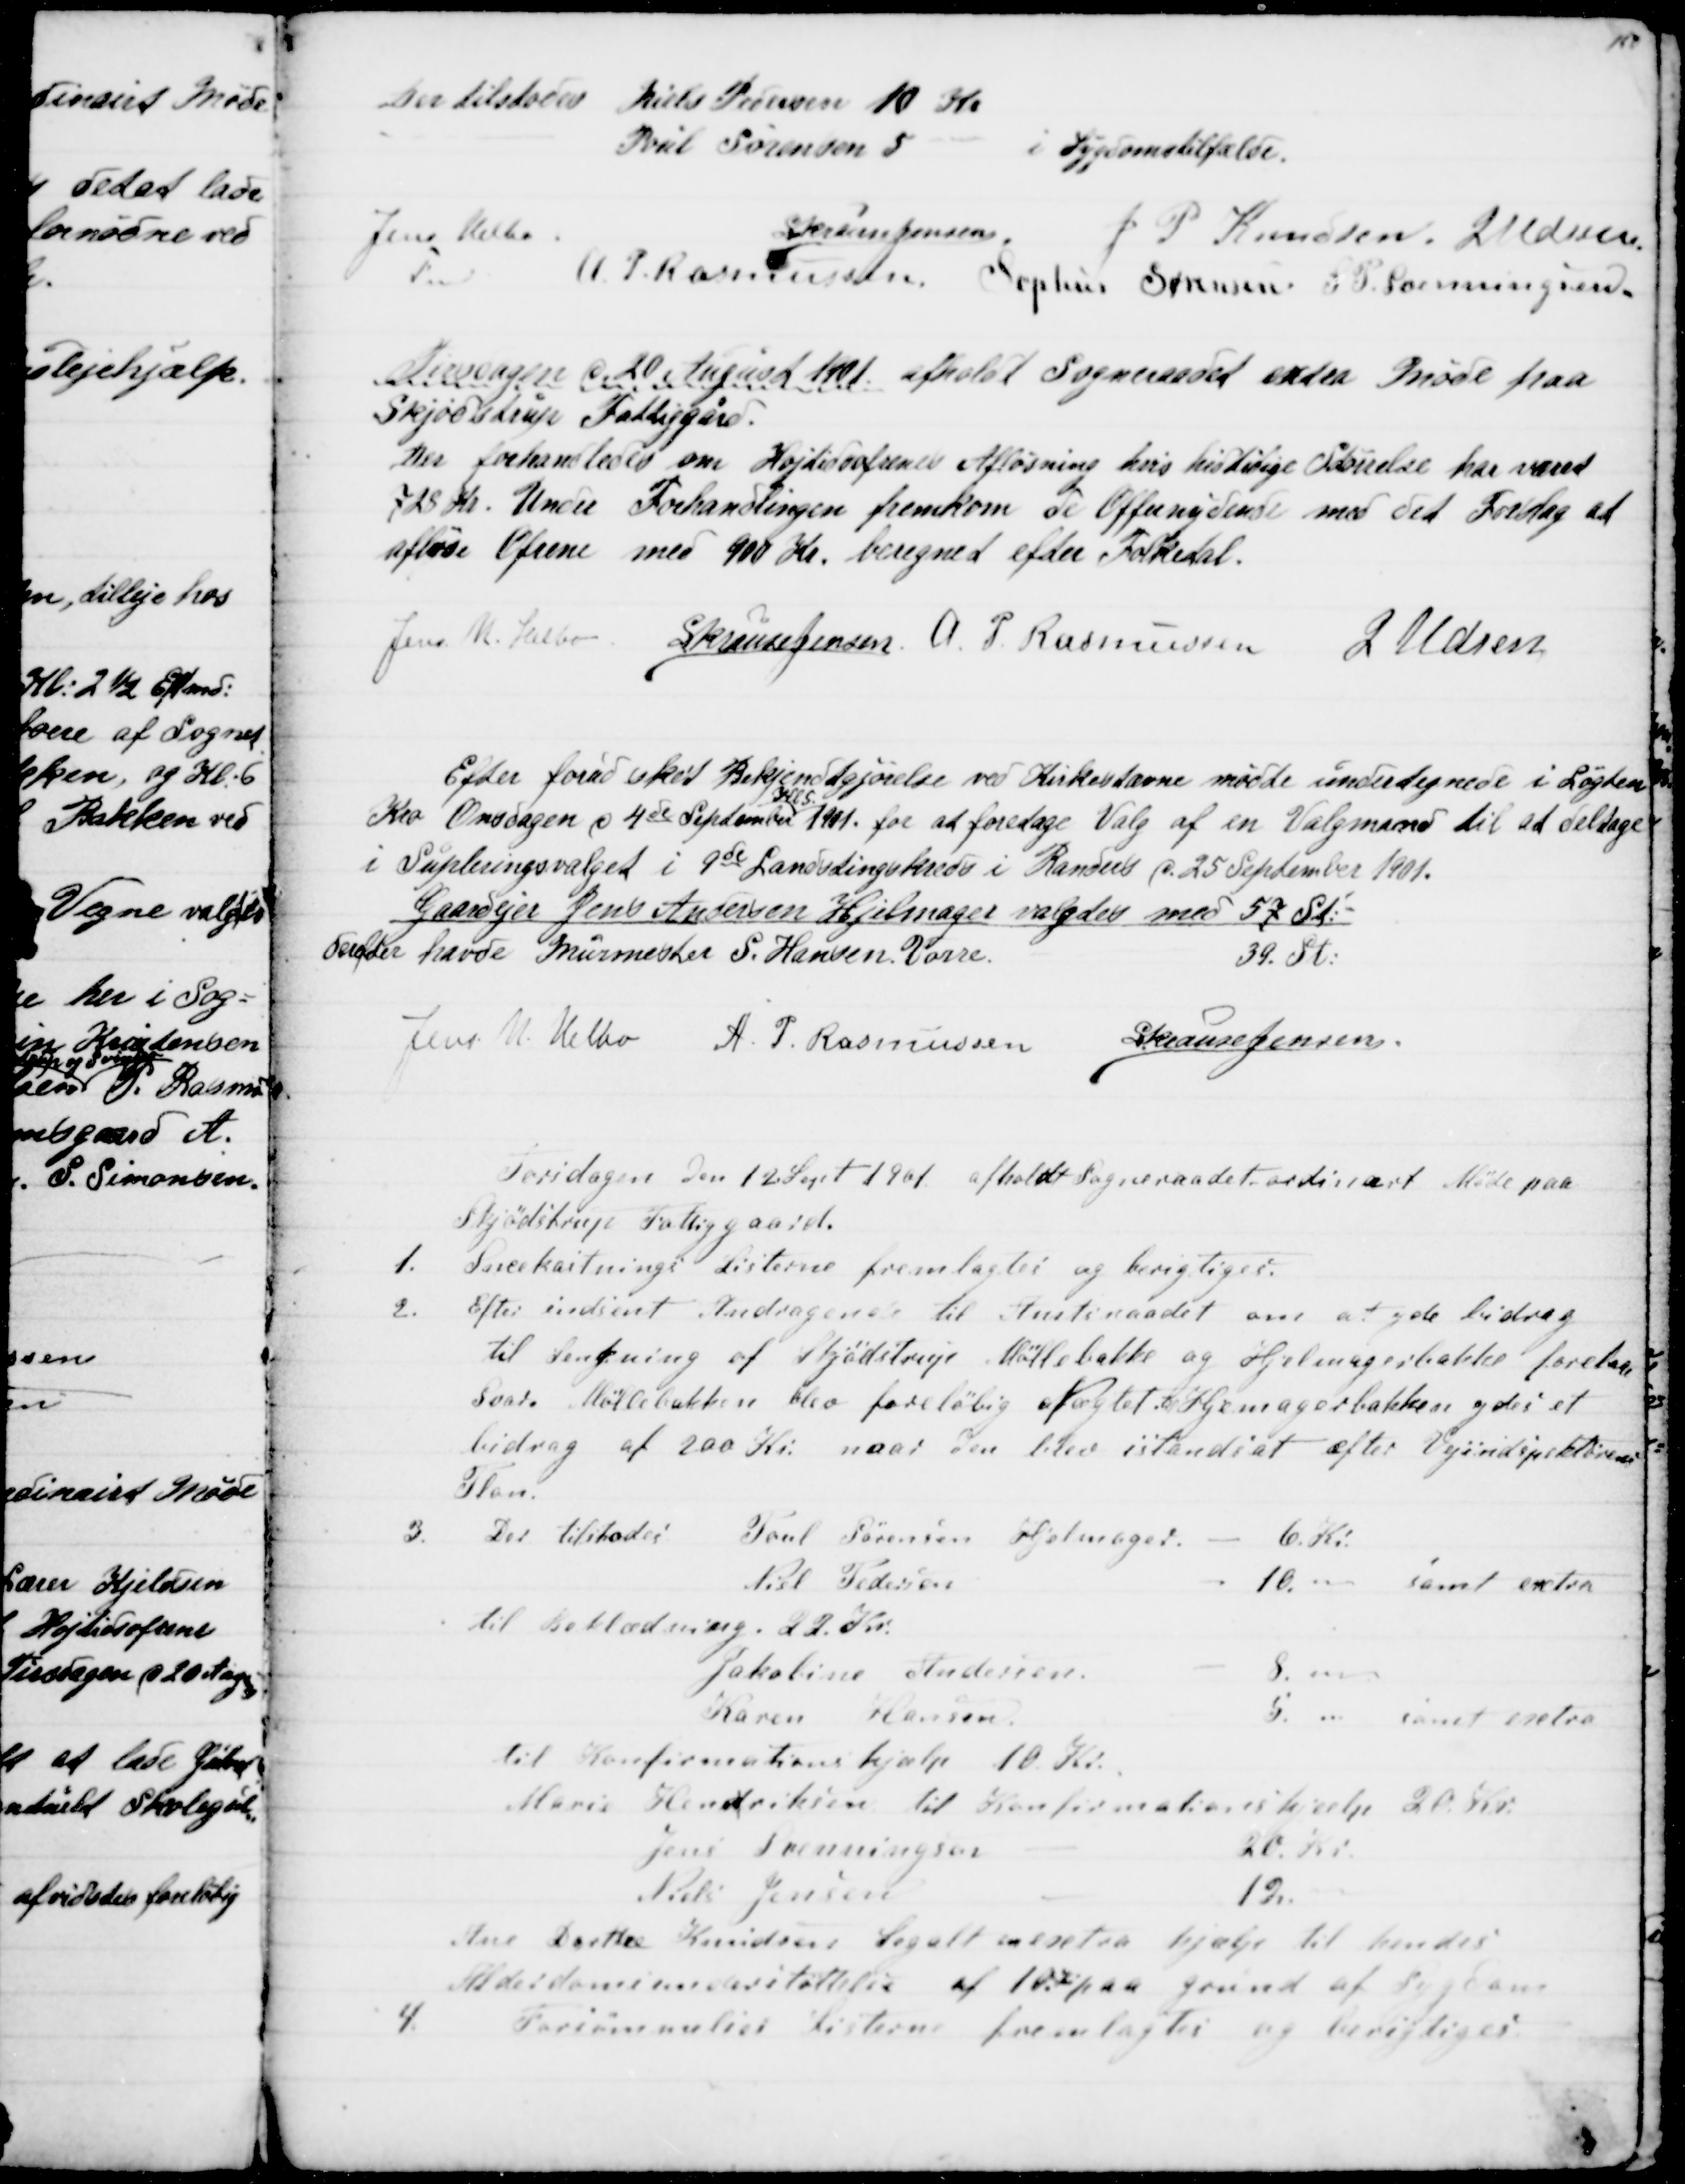
Transskription:
Der tilstodes Niels Pedersen 10 Kr
Poul Sørensen 5
i Sygdomstilfælde.
Jens Helbo
Fmd.
S. Krause Jensen.
J P Knudsen. J Udsen
A. P. Rasmussen. Sophus Sørensen. S. P. Svenningsen
Tirsdagen d 20 August 1901 afholdt Sogneraadet extra Møde paa
Skjødstrup Fattiggård.
Der forhandledes om Højtidsofrenes Afløsning hvis hidtidige Størrelse har været
728 Kr. Under Forhandlingen fremkom de Offernydende med det Forslag at
afløse Ofrene med 900 Kr. beregnet efter Folketal.
Jens N. Helbo S. Krause Jensen, A. P. Rasmussen
J Udsen
Efter forud sket Bekjendtgjørelse ved Kirkestævne mødte undertegnede i Løgten
Kro Onsdagen i 4de September 
Kl. 5
1901. for at foretage Valg af en Valgmand til at deltage
i Supleringsvalget i 9de Landstingskreds i Randers d. 25 September 1901.
Gaardejer Jens Andersen Hjelmager valgtes med 57 St:
derefter havde Murmester S. Hansen, Vorre.
39. St:
Jens N. Helbo A. P. Rasmussen S Krause Jensen.
Torsdagen den 12. Sept 1901 afholdt Sogneraadet ordinært Møde paa
Skjødstrup Fattiggaard.
1. Snekastnings Listerne fremlagtes og berigtiges.
2.
Efter indsent Andragende til Amtsraadet om at yde bidrag
til Sænkning af Skjødstrup Møllebakke og Hjelmagerbakke forelaa
Svar. Møllebakken blev foreløbig Nægtet og Hjelmagerbakken ydes et
bidrag af 200 Kr. naar den blev istandsat efter Vejindspektørens
Plan.
3.
Der tilstodes
Poul Sørensen Hjelmager.
6. Kr.
Niel Pedersen
10." samt extra
til Beklædning. 22 Kr.
Jakobine Andersen.
8. "
Karen Hansen.
5. "
samt extra
til Konfirmationshjælp 10 Kr.
Marie Hendriksen til Konfirmationshjælp 20 Kr.
Jens Svenningsen
20. Kr.
Niels Jensen
12. "
Ane Dorthe Knudsen Segalt en extra hjælp til hendes
Alderdomsunderstøttelse af 10 Kr. paa Grund af Sygdom
4.
Forsømmelses Listerne fremlagtes og berigtiges